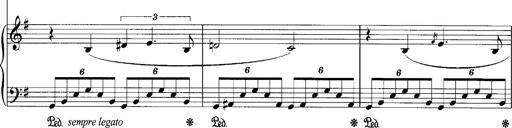
Title: Schlaflos! Frage und Antwort
Composer: Franz Liszt